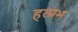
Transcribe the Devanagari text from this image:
हत्प्रभ